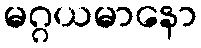
မဂ္ဂယမာနော